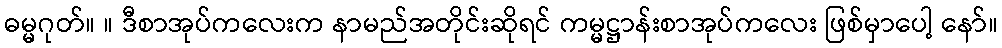
ဓမ္မဂုတ်။ ။ ဒီစာအုပ်ကလေးက နာမည်အတိုင်းဆိုရင် ကမ္မဋ္ဌာန်းစာအုပ်ကလေး ဖြစ်မှာပေါ့ နော်။